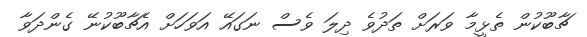
ޗާބޫކުން ތެޅީމާ ވަރަށް ތަދުވެ ދިލަ ވެސް ނަގައޭ އަވަހަށް އެޗާބޫކުނޭ ގެންދަވާ